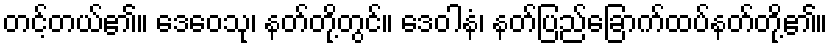
တင့်တယ်၏။ ဒေဝေသု၊ နတ်တို့တွင်။ ဒေဝါနံ၊ နတ်ပြည်ခြောက်ထပ်နတ်တို့၏။